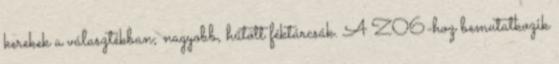
kerekek a választékban; nagyobb, hűtött féktárcsák. A Z06-hoz bemutatkozik